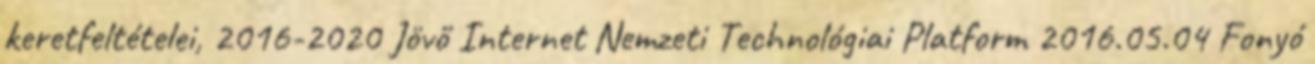
keretfeltételei, 2016-2020 Jövő Internet Nemzeti Technológiai Platform 2016.05.04 Fonyó